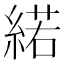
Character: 𦂍